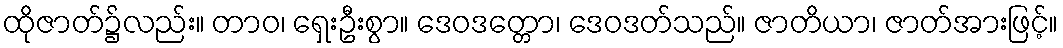
ထိုဇာတ်၌လည်း။ တာဝ၊ ရှေးဦးစွာ။ ဒေဝဒတ္တော၊ ဒေဝဒတ်သည်။ ဇာတိယာ၊ ဇာတ်အားဖြင့်။